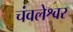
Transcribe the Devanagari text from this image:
चंवलेश्वर